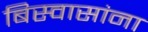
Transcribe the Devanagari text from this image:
बिस्वासांना